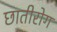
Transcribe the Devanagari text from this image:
छातीरोग